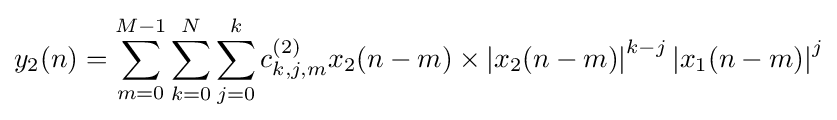
y_{2}(n)=\sum _{m=0}^{M-1}\sum _{k=0}^{N}\sum _{j=0}^{k}c_{k,j,m}^{(2)}x_{2}(n-m)\times \left\vert {x_{2}(n-m)}\right\vert ^{k-j}\left\vert {x_{1}(n-m)}\right\vert ^{j}